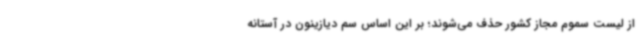
از لیست سموم مجاز کشور حذف می‌شوند؛ بر این اساس سم دیازینون در آستانه